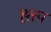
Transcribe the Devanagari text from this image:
ह्त्त्प